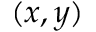
( x , y )